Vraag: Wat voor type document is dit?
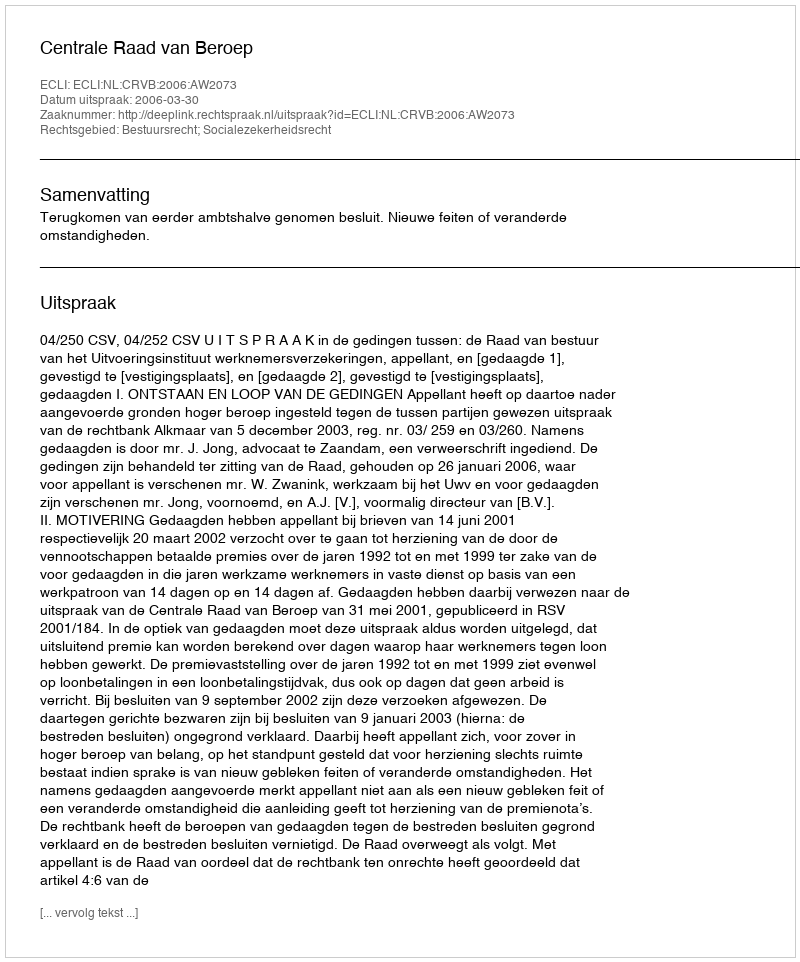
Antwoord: Uitspraak